Medical and sanitary report of the native army of Bengal for the year
Year: 1874
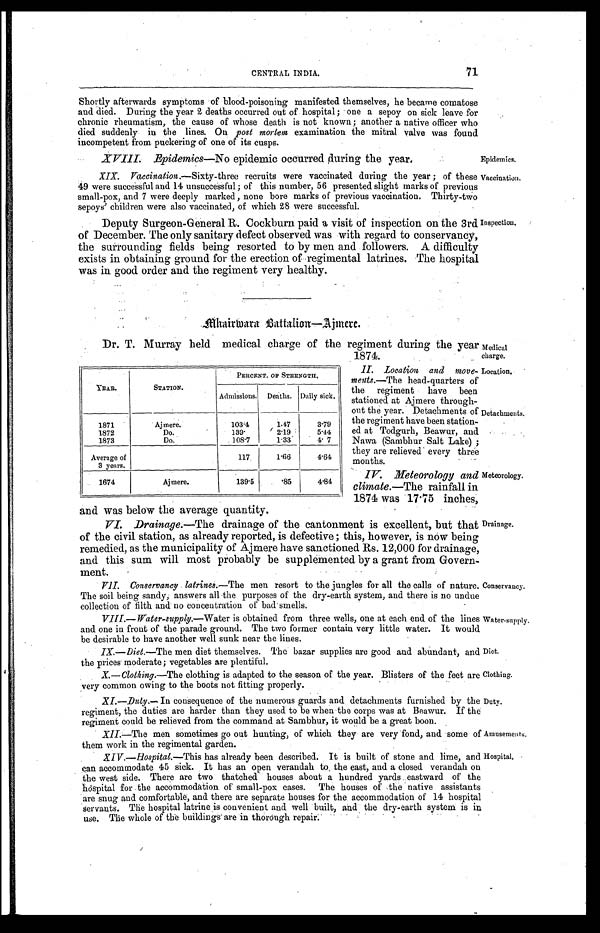
Epidemics.
Vaccination.
Water-supply.
Diet.
Clothing.
Duty.
71
CENTRAL INDIA.
Shortly afterwards symptoms of blood-poisoning manifested themselves, he became comatose
and died. During the year 2 deaths occurred out of hospital; one a sepoy on sick leave for
chronic rheumatism, the cause of whose death is not known; another a native officer who
died suddenly in the lines. On post mortem examination the mitral valve was found
incompetent from puckering of one of its cusps.
XVIII. Epidemics—No epidemic occurred during the year.
XIX. Vaccination .—Sixty-three recruits were vaccinated during the year; of these
49 were successful and 14 unsuccessful; of this number, 56 presented slight marks of previous
small-pox, and 7 were deeply marked, none bore marks of previous vaccination. Thirty-two
sepoys' children were also vaccinated, of which 28 were successful.
Deputy Surgeon-General R. Cockburn paid a visit of inspection on the 3rd
of December. The only sanitary defect observed was with regard to conservancy,
the surrounding fields being resorted to by men and followers. A difficulty
exists in obtaining ground for the erection of regimental latrines. The hospital
was in good order and the regiment very healthy.
Inspection.
M h t a i r w a r a B a t t a l i o n — A j m e r e .
Dr. T. Murray held medical charge of the regiment during the year
1874.
Medical
charge.
II. Location and move
-ments.—The head-quarters of
the regiment have been
stationed at Ajmere through
-
out the year. Detachments of
the regiment have been station
-
ed at Todgurh, Beawur, and
Nawa (Sambhur Salt Lake);
they are relieved every three
months.
Location.
Detachments.
YEAR.
STATION.
PERCENT. OF STRENGTH.
Admissions. Deaths. Daily sick.
1871
Ajmere.
103.4
1.47
3.79
1872
Do.
139.
2.19
5.44
1873
Do.
108.7
1.33
4.7
Average of
3 years.
117
1.66
4.64
1674
Ajmere.
139.5
.85
4.84
Meteorology.
IV. Meteorology and
climate.—The rainfall in
1874 was 17.75 inches,
and was below the average quantity.
VI. Dr ainage.—The drainage of the cantonment is excellent, but that
of the civil station, as already reported, is defective; this, however, is now being
remedied, as the municipality of Ajmere have sanctioned Rs. 12,000 for drainage,
and this sum will most probably be supplemented by a grant from Govern
-
ment.
VII. Conservancy latrines .—The men resort to the jungles for all the calls of nature.
The soil being sandy, answers all the purposes of the dry-earth system, and there is no undue
collection of filth and no concentration of bad smells.
VIII.—Water-supply.—Water is obtained from three wells, one at each end of the lines
and one in front of the parade ground. The two former contain very little water. It would
be desirable to have another well sunk near the lines.
IX.—Diet .—The men diet themselves. The bazar supplies are good and abundant, and
the prices moderate; vegetables are plentiful.
X.—Clothing.—The clothing is adapted to the season of the year. Blisters of the feet are
very common owing to the boots not fitting properly.
XI—Duty.— In consequence of the numerous guards and detachments furnished by the
regiment, the duties are harder than they used to be when the corps was at Beawur. If the
regiment could be relieved from the command at Sambhur, it would be a great boon.
XII
.—The men sometimes go out hunting, of which they are very fond, and some of
them work in the regimental garden.
Drainage.
Conservancy.
Amusements.
XIV.—Hospital.—This has already been described. It is built of stone and lime, and
can accommodate 45 sick. It has an open verandah to the east, and a closed verandah on
the west side. There are two thatched houses about a hundred yards eastward of the
hospital for the accommodation of small-pox cases. The houses of the native assistants
are snug and comfortable, and there are separate houses for the accommodation of 14 hospital
servants. The hospital latrine is convenient and well built, and the dry-earth system is in
use. The whole of the buildings are in thorough repair.
Hospital,